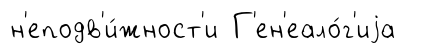
н'еподв'и́жност'и Г'ен'еало́г'иjа